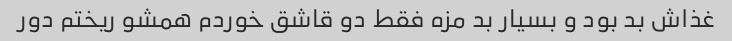
غذاش بد بود و بسیار بد مزه فقط دو قاشق خوردم همشو ریختم دور